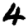
Digit: 4